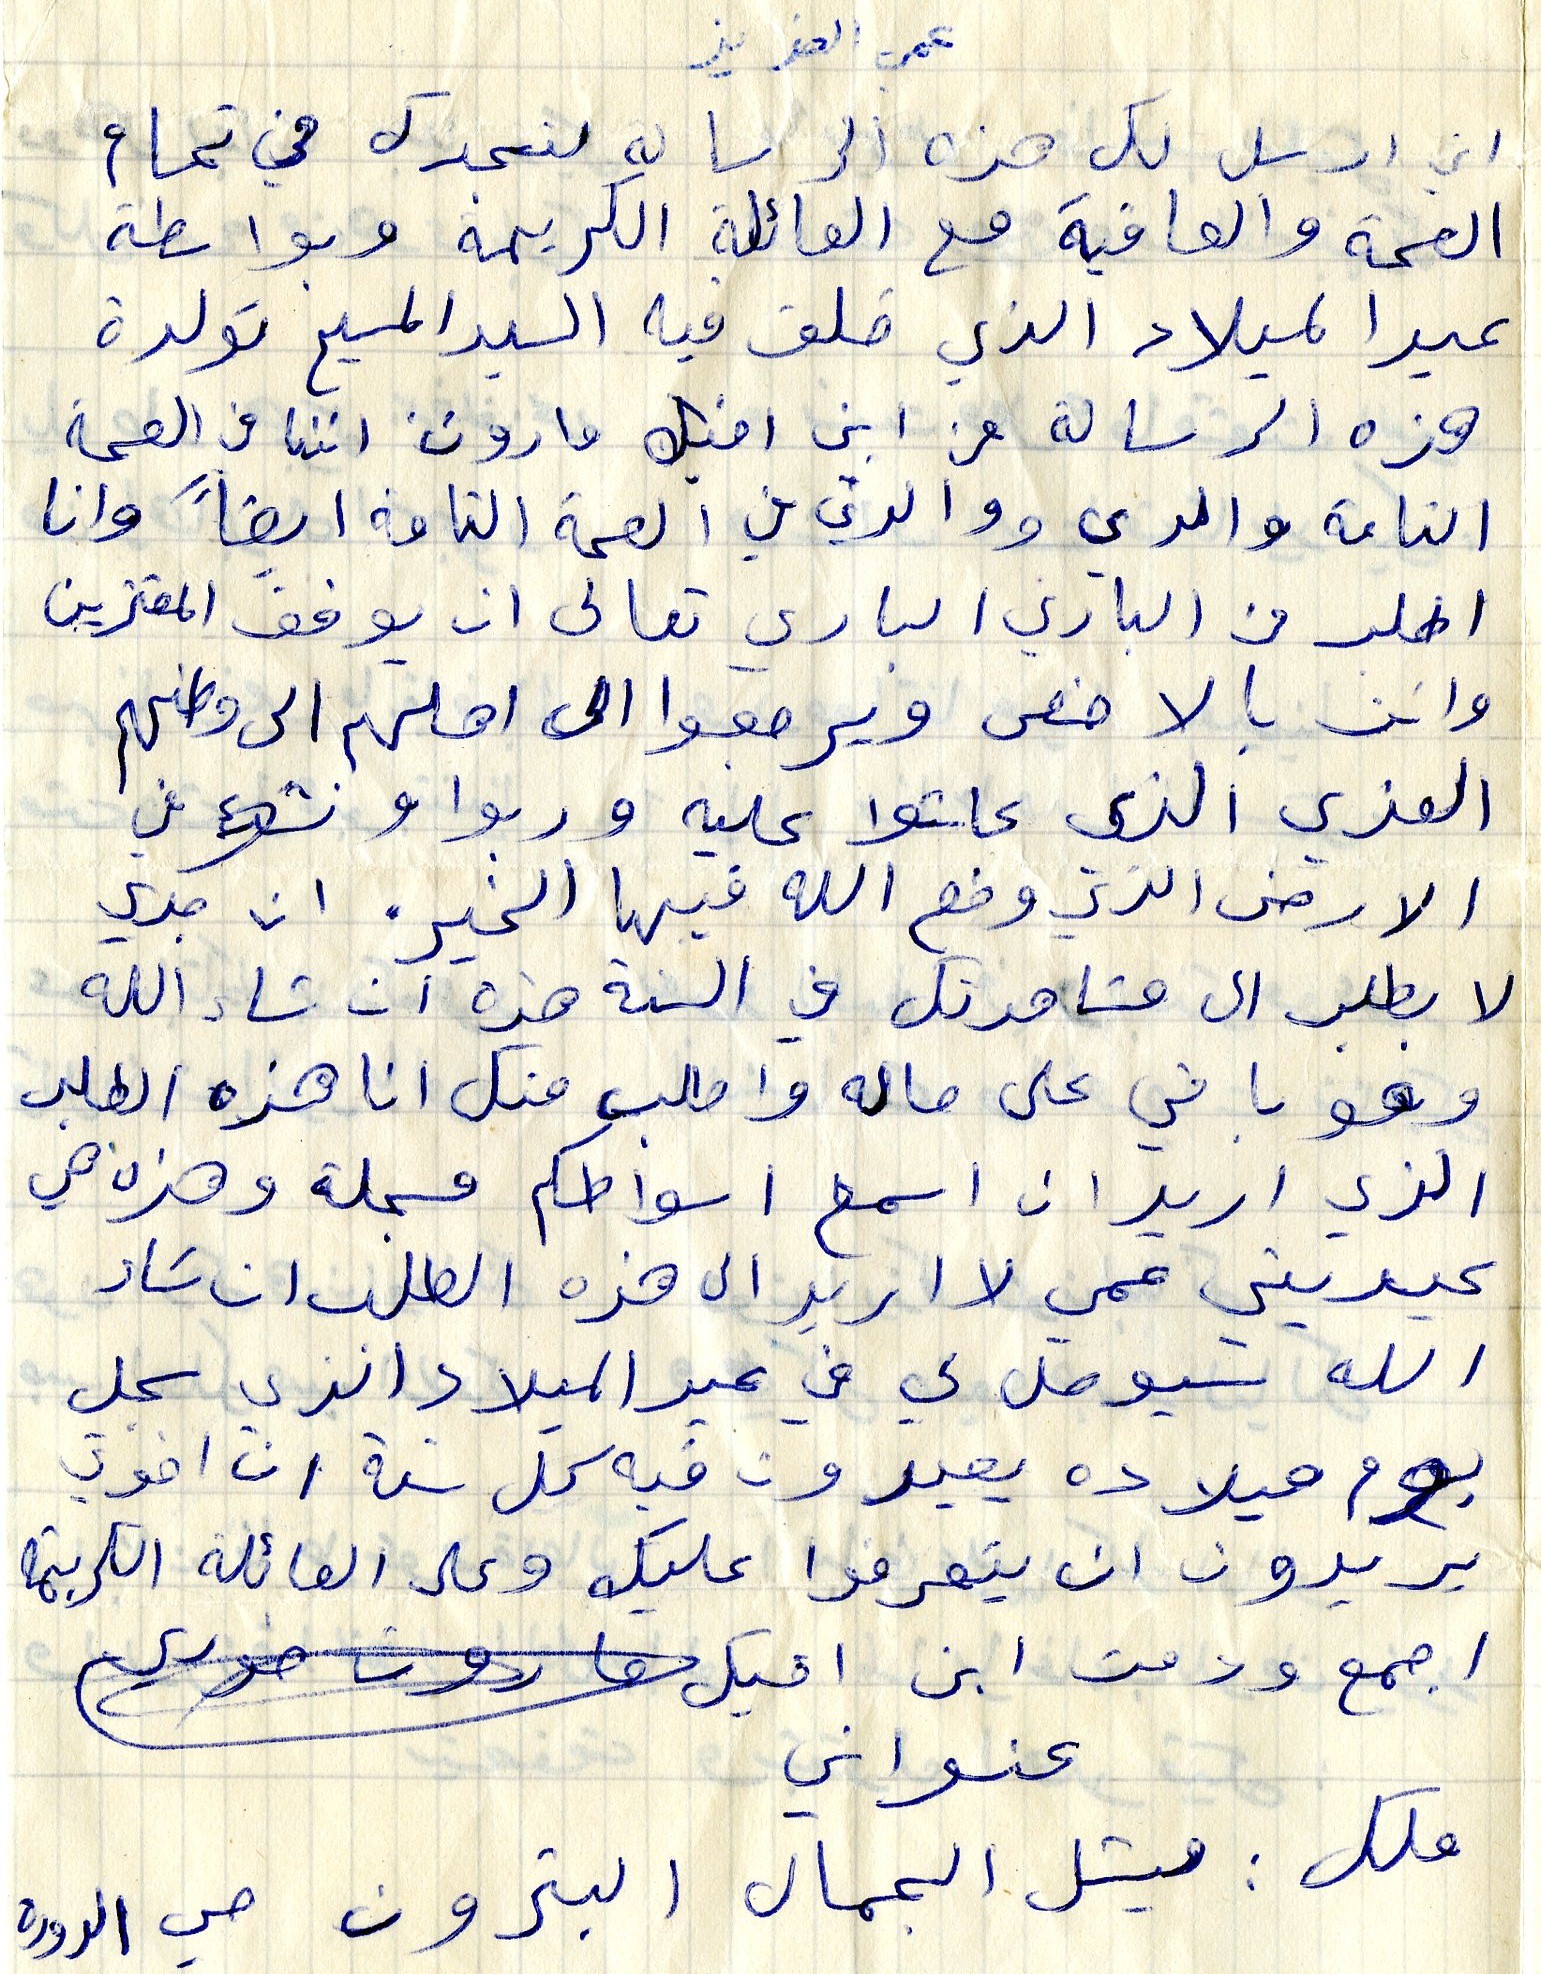
عمي العزي
اني ارسل لك هذه الرسالة لنجدك في تمام
الصحة والعافية مع العائلة الكريمة وبواسطة
عيد الميلاد الذي خلق في المسيح تولدة
هذه الرسالة من ابن اخيك مارون اننا في الصحة
التامة والدي ووالدتي في الصحة التامة ايضاً وان
اطلب من الباري الباري تعالى ان يوفق المعتزين
وانت بالاخص ويرجعوا الى اهلهم الى وطنهم
العزي الذي عاشوا عليه وربوا ع نشوءفي
الارض الذي وضه الله فيها الخير. ان جدي
لا يطلب الى مشاهدتك والسنة هذه ان شاء الله
وهو باقي على حاله واطلب منك انا هذه الطلب
الذي اريد ان اسمع اسواطكم مسجلة وهذه هي
عيديتي عمي لا اريد الى هذه الطلب ان شاء
الله سيوصل لي في عيد الميلاد الذي سجل
يوم ميلاده يعبرون فيه كل سنة ان اخوتي
يريدون ان يتعرفوا عليك وعلى العائلة الكريمة
اجمع ودمت ابن اخيك
عنواني
ملك: ميشل الجمال البترون حي الدوره